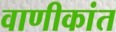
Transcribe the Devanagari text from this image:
वाणीकांत